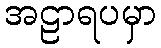
အဠာရပမှာ